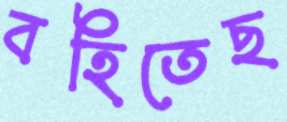
বহিতেছ